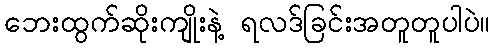
ဘေးထွက်ဆိုးကျိုးနဲ့ ရလဒ်ခြင်းအတူတူပါပဲ။